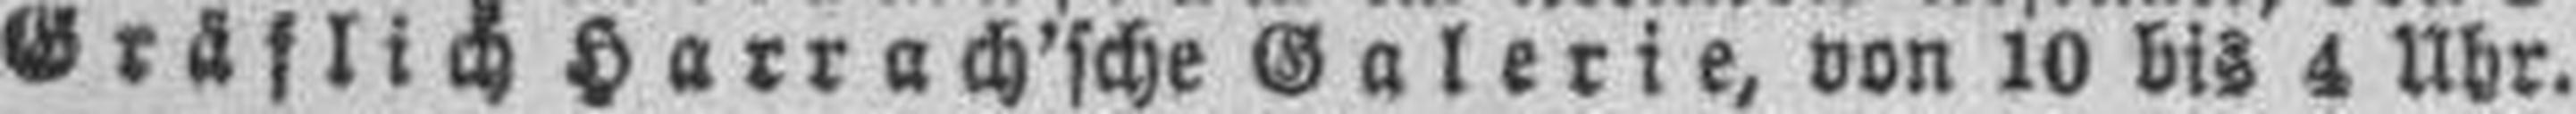
Gräflich Harrach'sche Galerie, von 10 bis 4 Uhr.